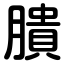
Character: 膭